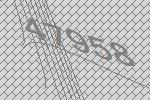
47958